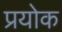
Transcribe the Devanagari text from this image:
प्रयोक